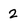
Character: 2